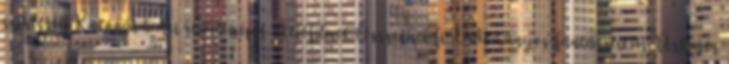
színészek Katonai harci repülőgépes akciófilmek Összes sci-fi Tudományos-fantasztikus Űrhajós